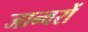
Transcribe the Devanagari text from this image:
जान्वरों